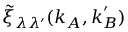
\tilde { \xi } _ { \lambda \lambda ^ { \prime } } ( \boldsymbol { k } _ { A } , \boldsymbol { k } _ { B } ^ { \prime } )